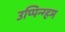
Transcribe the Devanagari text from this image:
उप्पिन्ग्हम